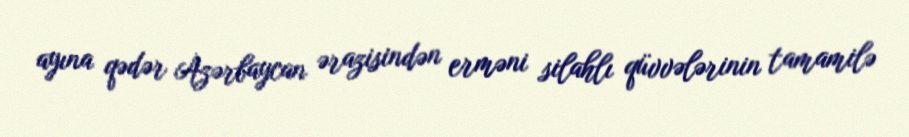
ayına qədər Azərbaycan ərazisindən erməni silahlı qüvvələrinin tamamilə